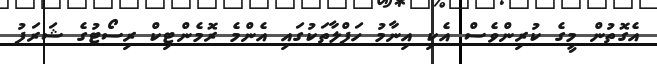
އެގޮތުން މީގެ ކުރިންވެސް އެކި އިނާމު ހަފްލާތަކުގައި އެންމެ ރޮމެންޓިކް ރިސޯޓުގެ ޝަރަފު